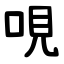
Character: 哯